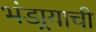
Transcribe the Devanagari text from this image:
भंडार्‍याची